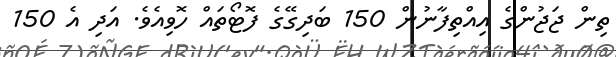
ތިން ޖަޖުންގެ އިއްތިފާނުން 150 ބަދިގޭގެ ފޮޓޯތައް ހޮވިއެވެ. އަދި އެ 150